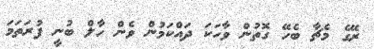
ރޭގެ މެޗާ ބެހޭ ގޮތުން ވާހަކަ ދައްކަމުން ވެން ހާލް ބުނީ ފުރަތަމަ